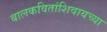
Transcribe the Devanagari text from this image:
बालकवितांशिवायच्या